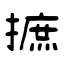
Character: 摭